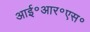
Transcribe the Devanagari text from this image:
आई॰आर॰एस॰